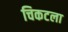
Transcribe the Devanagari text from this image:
चिकटला